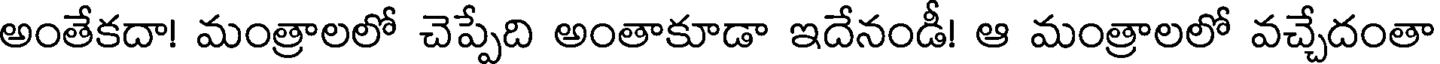
అంతేకదా! మంత్రాలలో చెప్పేది అంతాకూడా ఇదేనండీ! ఆ మంత్రాలలో వచ్చేదంతా